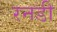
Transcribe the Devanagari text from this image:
रनडी